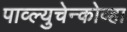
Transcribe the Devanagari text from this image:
पाव्ल्युचेन्कोव्हा